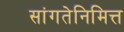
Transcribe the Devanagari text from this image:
सांगतेनिमित्त